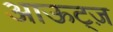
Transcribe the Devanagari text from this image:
आऊट्ज़